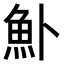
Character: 𬵂